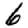
Digit: 6